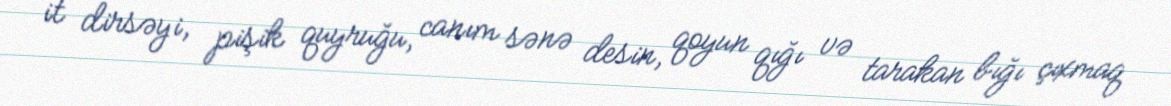
it dirsəyi, pişik quyruğu, canım sənə desin, qoyun qığı və tarakan bığı çıxmaq